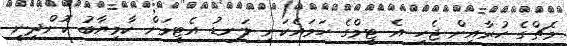
މެޗްގެ ހުރާއިން ޖެހި އެ ޓީމްގެ ހަމައެކަނި ލަނޑު އެޓީމަށް ކާމިޔާބު ކޮށްދިނީ